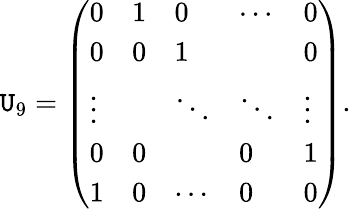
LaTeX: \mathtt{U}_{9}=\left(\begin{array}{lllll}{{0}}&{{1}}&{{0}}&{{\cdots}}&{{0}}\\ {{0}}&{{0}}&{{1}}&{{}}&{{0}}\\ {{\vdots}}&{{}}&{{\ddots}}&{{\ddots}}&{{\vdots}}\\ {{0}}&{{0}}&{{}}&{{0}}&{{1}}\\ {{1}}&{{0}}&{{\cdots}}&{{0}}&{{0}}\end{array}\right).